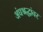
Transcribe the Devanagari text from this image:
अंधश्रद्धांवर